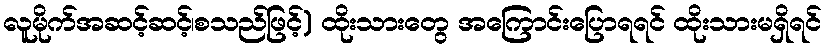
လူမိုက်အဆင့်ဆင့်၊စသည်ဖြင့်) ထိုးသားတွေ အကြောင်းပြောရရင် ထိုးသားမရှိရင်